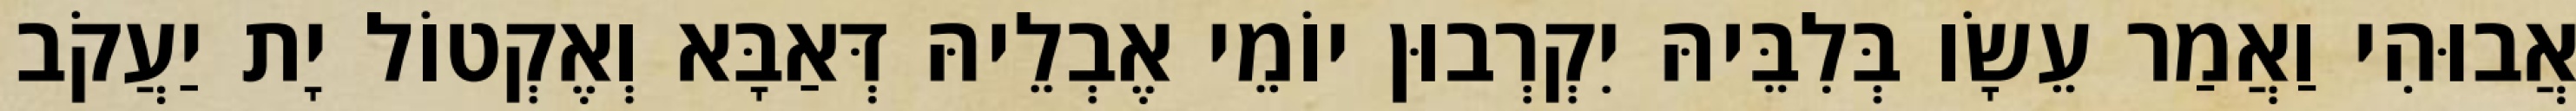
אֲבוּהִי וַאֲמַר עֵשָׂו בְּלִבֵּיהּ יִקְרְבוּן יוֹמֵי אֶבְלֵיהּ דְּאַבָּא וְאֶקְטוֹל יָת יַעֲקֹב